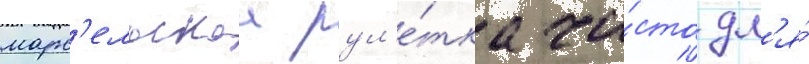
марс'ельскаа рул'е́тка ча́сто дл'я́